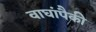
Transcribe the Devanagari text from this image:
वाघांपैकी